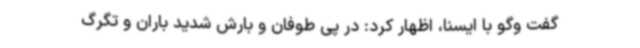
گفت وگو با ایسنا، اظهار کرد: در پی طوفان و بارش شدید باران و تگرگ